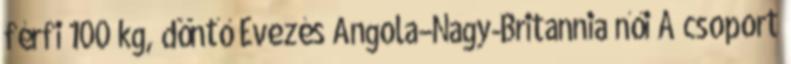
férfi 100 kg, döntő Evezés Angola–Nagy-Britannia női A csoport